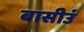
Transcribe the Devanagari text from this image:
बासीउं